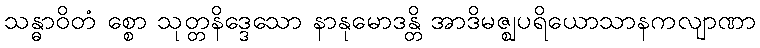
သန္ဓာဝိတံ စ္စော သုတ္တနိဒ္ဒေသော နာနုမောဒန္တိ အာဒိမဇ္ဈပရိယောသာနကလျာဏာ